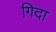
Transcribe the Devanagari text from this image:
गिदा